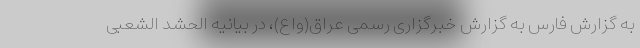
به گزارش فارس به گزارش خبرگزاری رسمی عراق(واع)، در بیانیه الحشد الشعبی